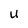
Character: U